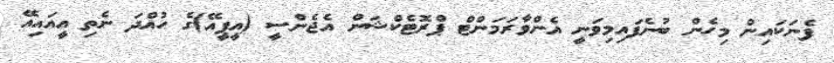
ފެނަކައިން މިހެން ބުނެފައިމިވަނީ އެންވާރަމަންޓް ޕްރޮޓެކްޝަން އެޖެންސީ (އީޕީއޭ)ގެ ހުއްދަ ނެތި އީއައިއޭ